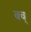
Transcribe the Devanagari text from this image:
क्व्